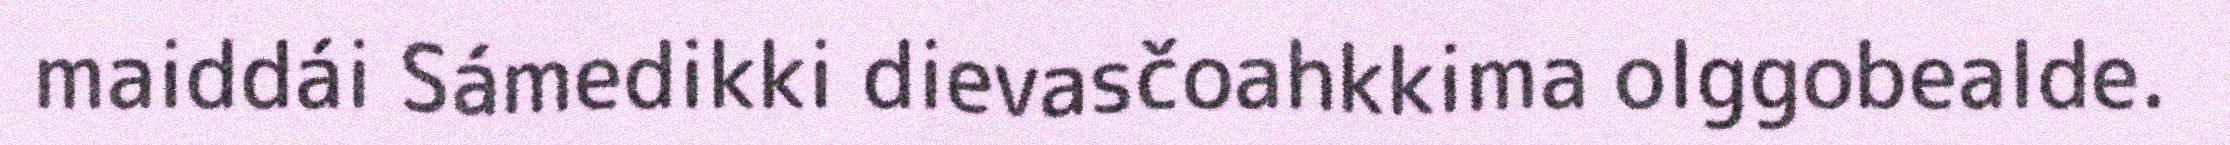
maiddái Sámedikki dievasčoahkkima olggobealde.